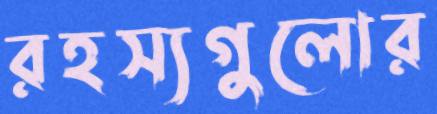
রহস্যগুলোর